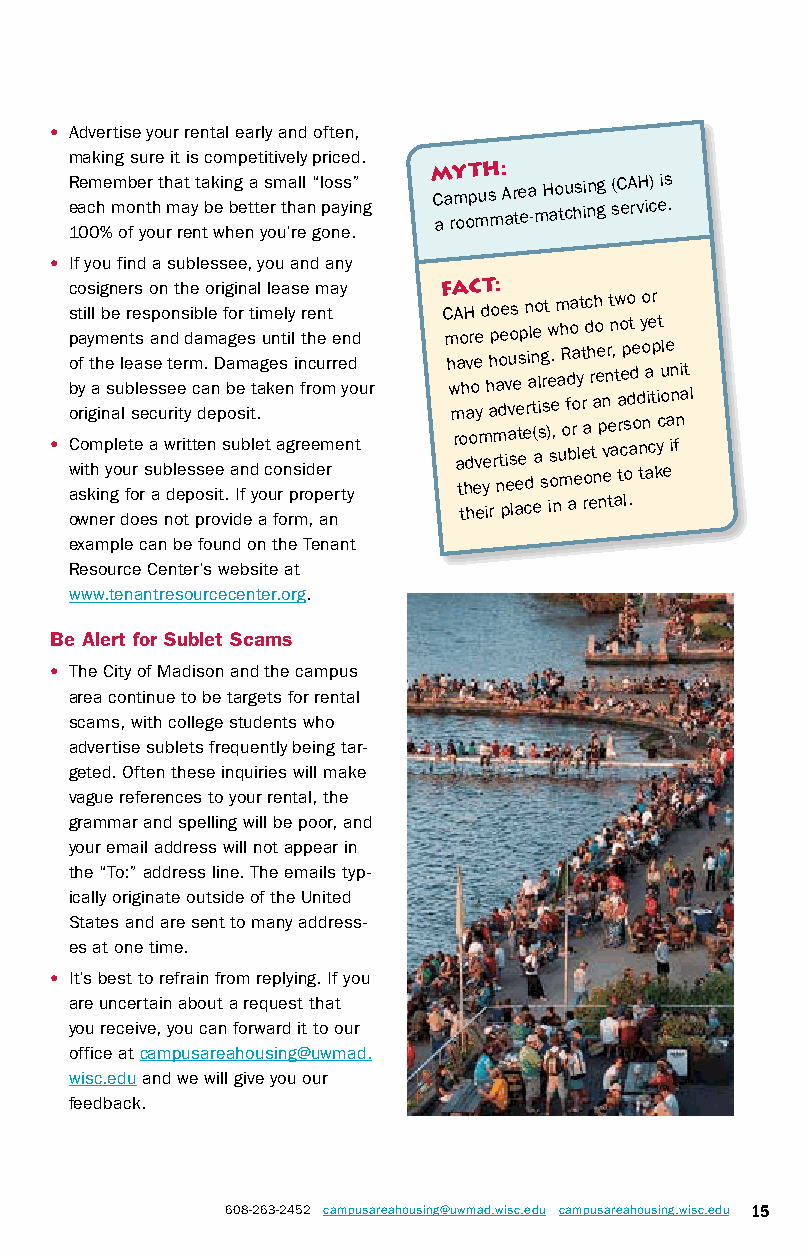
• Advertise your rental early and often,
 making sure it is competitively priced.
 R eae cm he mm ob ne tr h t h ma at yt a bk ei n bg e a tt es rm tha all n“ l po as ys i” n g M C aa rY m oopT muH s
 m
 : A ar te ea
 -m
 H ao tu chs ii nn gg s(C eA rvH ic) eis .
 100% of your rent when you’re gone.
 • If you find a sublessee, you and any
 cosigners on the original lease may FACT:
 still be responsible for timely rent CAH does not match two or
 • p o b o
 w
 a
 oC
 s
 wyf ra o
 i
 i
 t
 ky gt m nhahm ii
 e
 n
 n pe ys rge a ol u e ln dl ue
 f
 b tt
 o
 os rea ls e re
 e
 s
 s
 as sca ae
 u
 s u n bw ndet rd le i or eee t ir tyd pt
 s
 m tca posd ea.m rsee n on iD
 e
 p ta
 v
 s .ba o ig au dIem se
 n
 fb
 e
 is dta yt l e. a
 ao
 gu ctk ue n foe a
 r
 ost
 n
 n gi
 r
 pl
 s
 mi rn rft e
 i
 or dh c ,eo peue amm
 er
 r
 n
 e r re e tn y n yd od t u r m h w m r aa too th hd hav or o eee vy em ye ih ah rp rm a ndo te piv eavu so le aee ts ep e cdri al n t ( ee a l si sg r s )e iw s o. ,e
 n
 a u mh R ofd abo roa ey l rt e ra
 o
 d h er t a no e e p nn v
 e
 nr ten a, at ra to cep s lod .at de o d n
 t
 y o n aa ie ctp
 k
 i yct u ol
 e
 e a in n f n i at l
 example can be found on the Tenant
 Resource Center’s website at
 www.tenantresourcecenter.org.
 Be Alert for Sublet Scams
 • The City of Madison and the campus
 area continue to be targets for rental
 scams, with college students who
 advertise sublets frequently being tar-
 geted. Often these inquiries will make
 vague references to your rental, the
 grammar and spelling will be poor, and
 your email address will not appear in
 the “To:” address line. The emails typ-
 ically originate outside of the United
 States and are sent to many address-
 es at one time.
 • It’s best to refrain from replying. If you
 are uncertain about a request that
 you receive, you can forward it to our
 office at campusareahousing@uwmad.
 wisc.edu and we will give you our
 feedback.
 608-263-2452 campusareahousing@uwmad.wisc.edu campusareahousing.wisc.edu 15